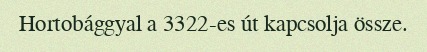
Hortobággyal a 3322-es út kapcsolja össze.